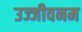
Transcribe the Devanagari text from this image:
उज्जीवनम